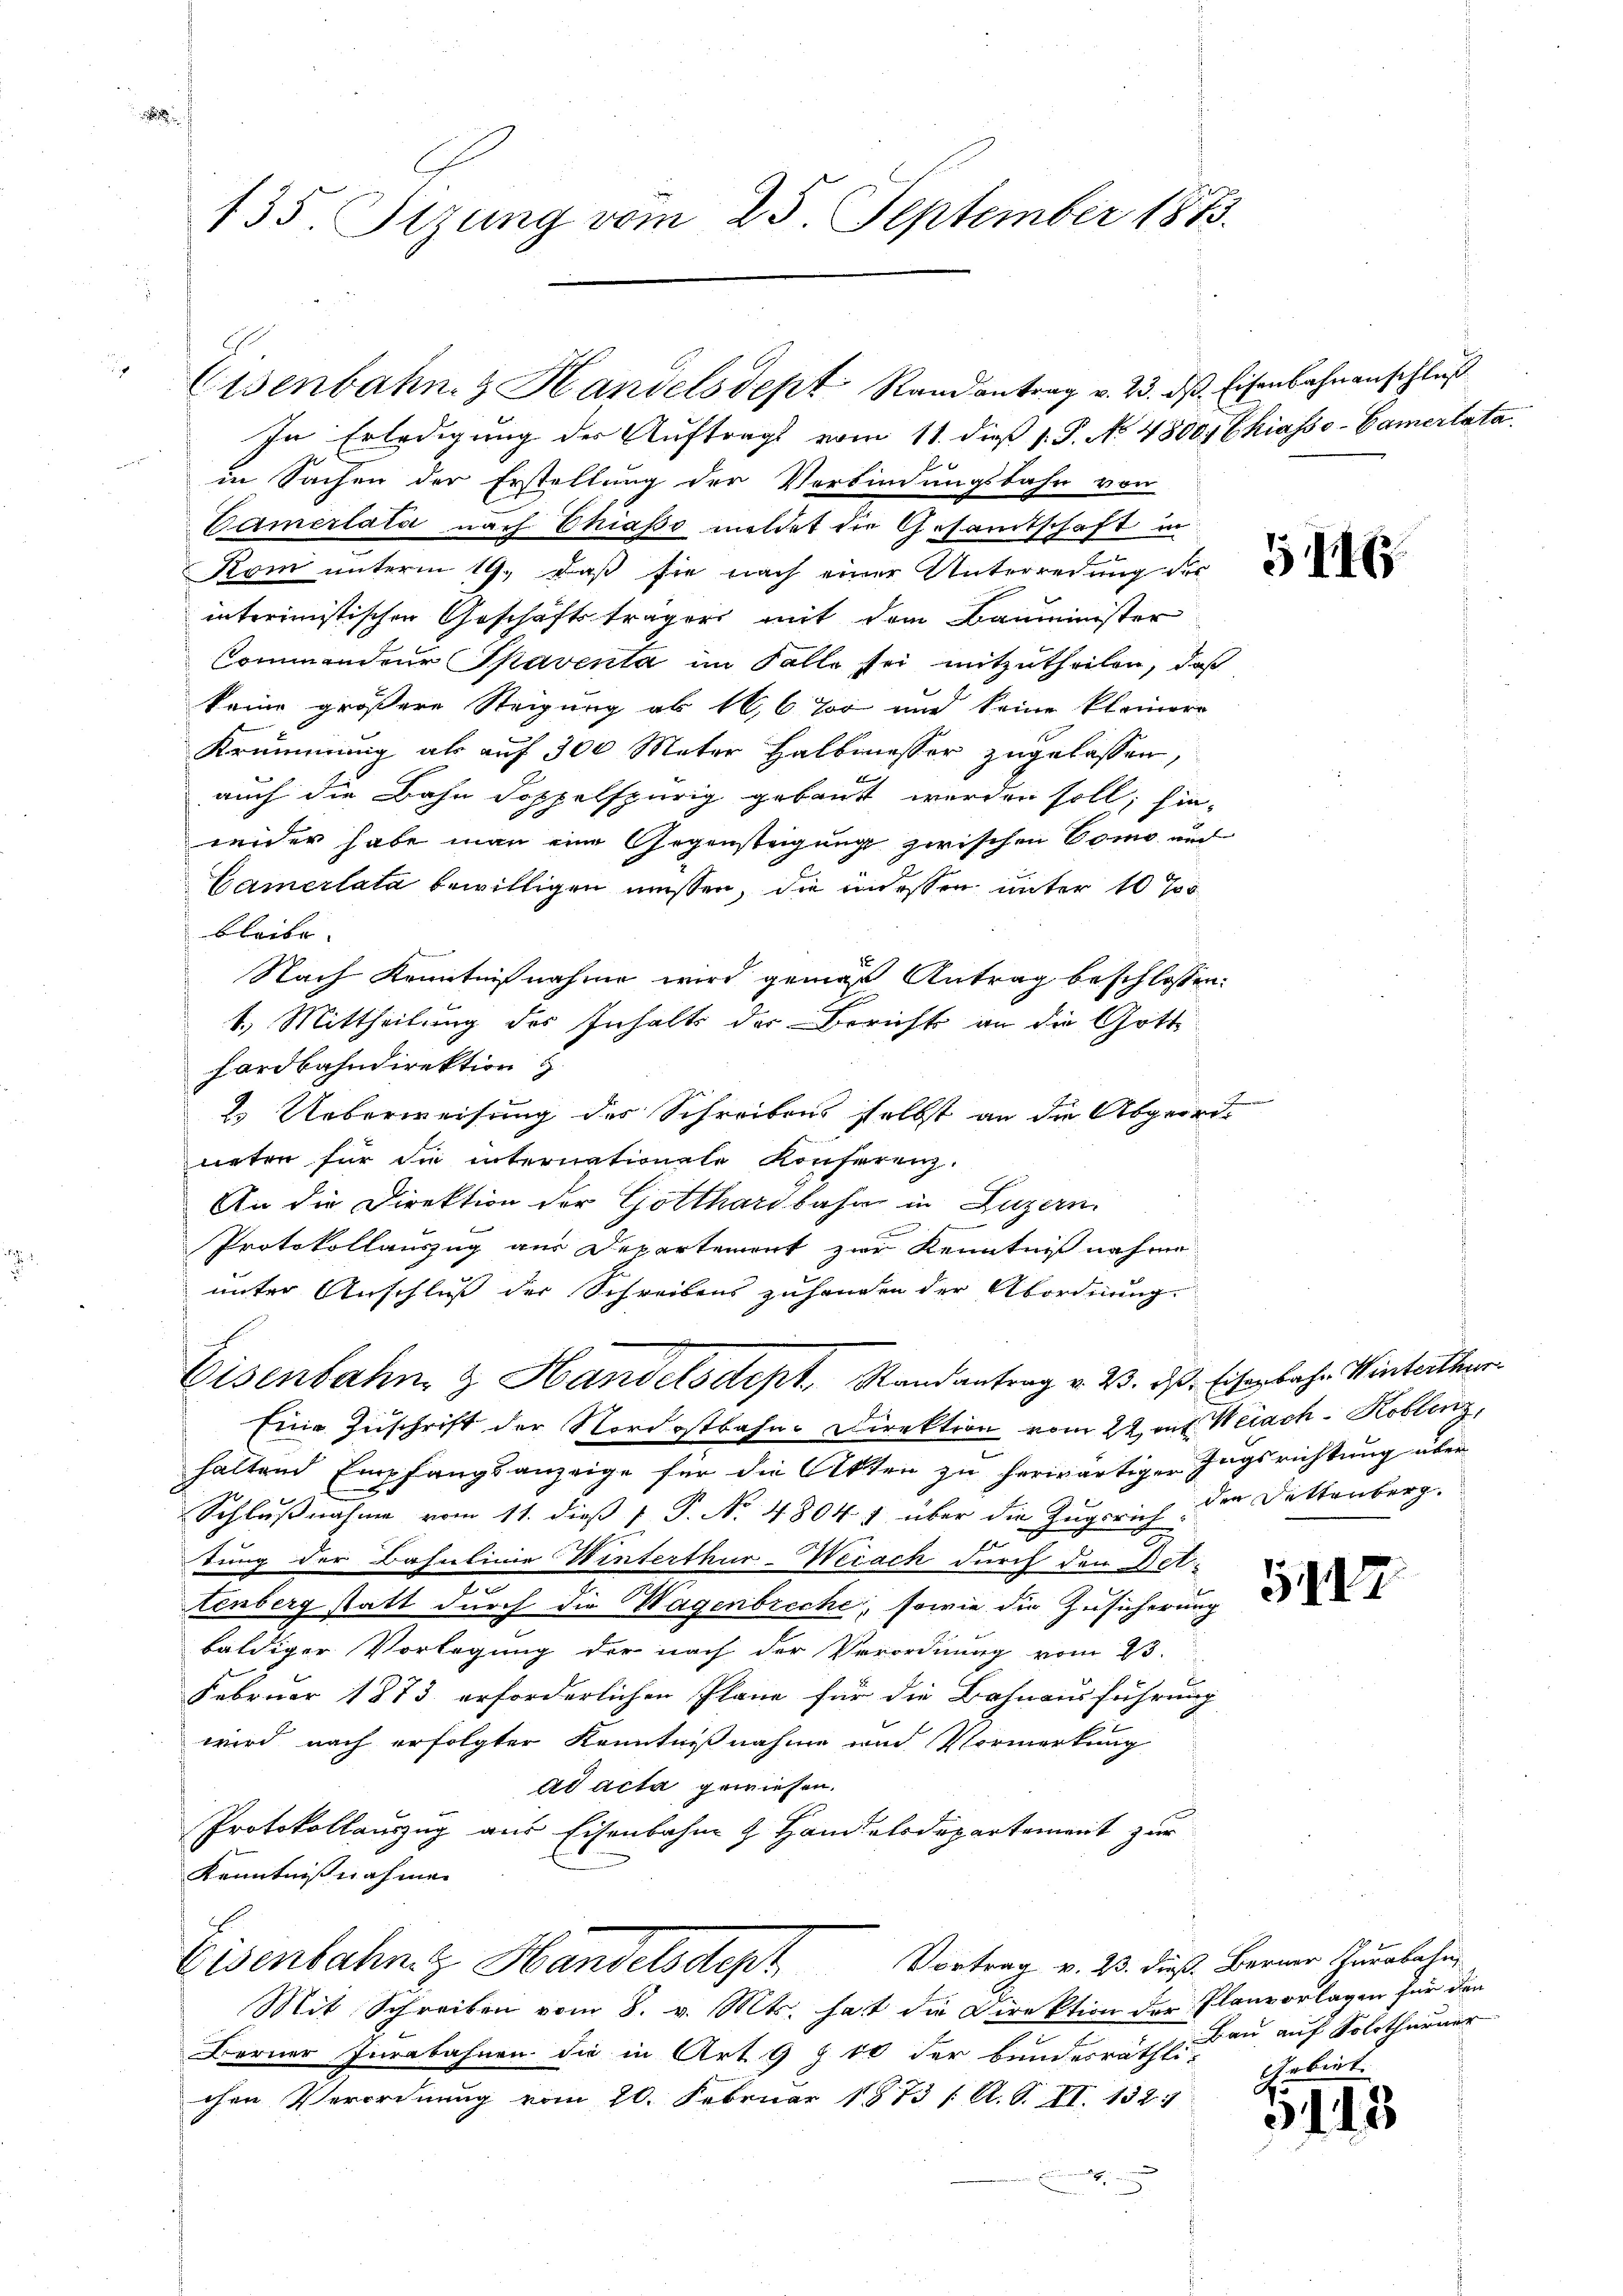
135. Sizung vom 25. September 1873.

In Erledigung der Auftrags vom 11. dieß P. P. No. 4800. Chiasso-Camertata.
in Sachen der Erstellung der Verbindungsbahn von
Camerlata nach Chiaso meldet die Gesamtschaft in
Kom unterm 19. daß sie nach einer Unterredung der
interimistischen Geschäftsträgers mit dem Bauminister
Commendeur Spaventa im Falle sei mitzutheilen, daß
keine größere Steigung ab 16,6 % und keine kleiner
Krümmung als auf 300 Mater Halbmesser zugelassen,
auch die Bahn doppelspurig gebaut werden soll; hin-
weider habe man eine Gegensteigung zwischen Como auc
Camerlata bewilligen müssen, die indessen unter 10 %
bleibe
Nach Kenntnißnahme wird gemäß Antrag beschlossen.
1.) Mittheilung des Inhalts der Berichts an die Gotte
hardbahndirektion z

2. Ueberweisung des Schreibens selbst an die Abgeordneten für die internationale Konferenz.
An die Direktion der Gotthardbahn in Luzern.

Protokollauszug aus Departement zur Kenntniß nahme
unter Anschluß der Schreibens zuhanden der Abordnung.
Eisenbahn & Handelsdept, Randantrag v. 23. ds. Eisenbahn Winterthur
Eine Zuschrift der Nordostbahne Direktion vom 22. ent Weiach Koblenz,
haltend Empfangsanzeige für die Akten zu herwärtiger Zugsrichtung über
Schlußnahme vom 11. dieß P. No. 4804 über die Zugsrich der Dettenberg.
f
tung der Bahnlinie Winterthur-Weiach durch den Deti¬
2
tenberg statt durch die Wagenbreche, sowie die Zusicherung
baldiger Vorlegung der nach der Verordnung vom 23.
Februar 1873 erforderlichen Pläne für die Bahnausführung
wird nach erfolgter Kenntnißnahme und Vormerkung
ad acta gewiesen.
Protokollauszug aus Eisenbahn & Handelsdepartement zur
Kenntnißnahme
Eisenbahne Handelsdept Vortrag v. 23. dieß. Berner Thurbahr
Mit Schreiben vom 8. v. Mts. hat die Direktion der Planvorlagen für den
Berner Inrabahnen die in Art. 9 § 10 der Bundesräthlis biet.
chen Verordnung vom 20. Februar 1873 1. A. S. II. 1527
un
A

Eisenbahn- & Handelsdept Randantrag v. 23. ds Eisenbahnanschluß

5117

Bau auf Solothurner